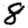
Digit: 8